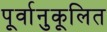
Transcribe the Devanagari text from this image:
पूर्वानुकूलित